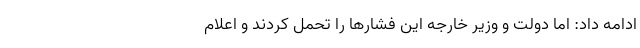
ادامه داد: اما دولت و وزیر خارجه این فشارها را تحمل کردند و اعلام